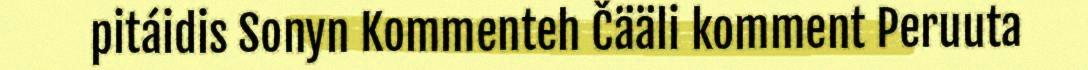
pitáidis Sonyn Kommenteh Čääli komment Peruuta